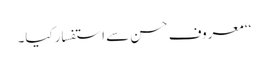
‘‘ معروف حسن سے استفسار کیا۔